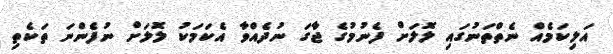
އަލިކަމެއް ނެތްތަނުގައި ލޮލަށް ފެނުމުގެ ޖާގަ ނުދެއްވާ އެކަމަކު ލޮލަށް ނުފެންނަ ތަކެތި